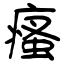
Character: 瘙